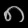
Digit: ၈